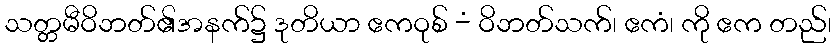
သတ္တမီဝိဘတ်၏အနက်၌ ဒုတိယာ ဧကဝုစ် -ံ ဝိဘတ်သက်၊ ဧကံ၊ ကို ဧက တည်၊